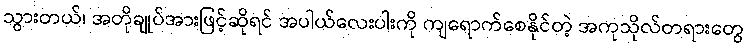
သွားတယ်၊ အတိုချုပ်အားဖြင့်ဆိုရင် အပါယ်လေးပါးကို ကျရောက်စေနိုင်တဲ့ အကုသိုလ်တရားတွေ